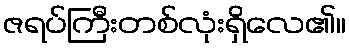
ဇရပ်ကြီးတစ်လုံးရှိလေ၏။